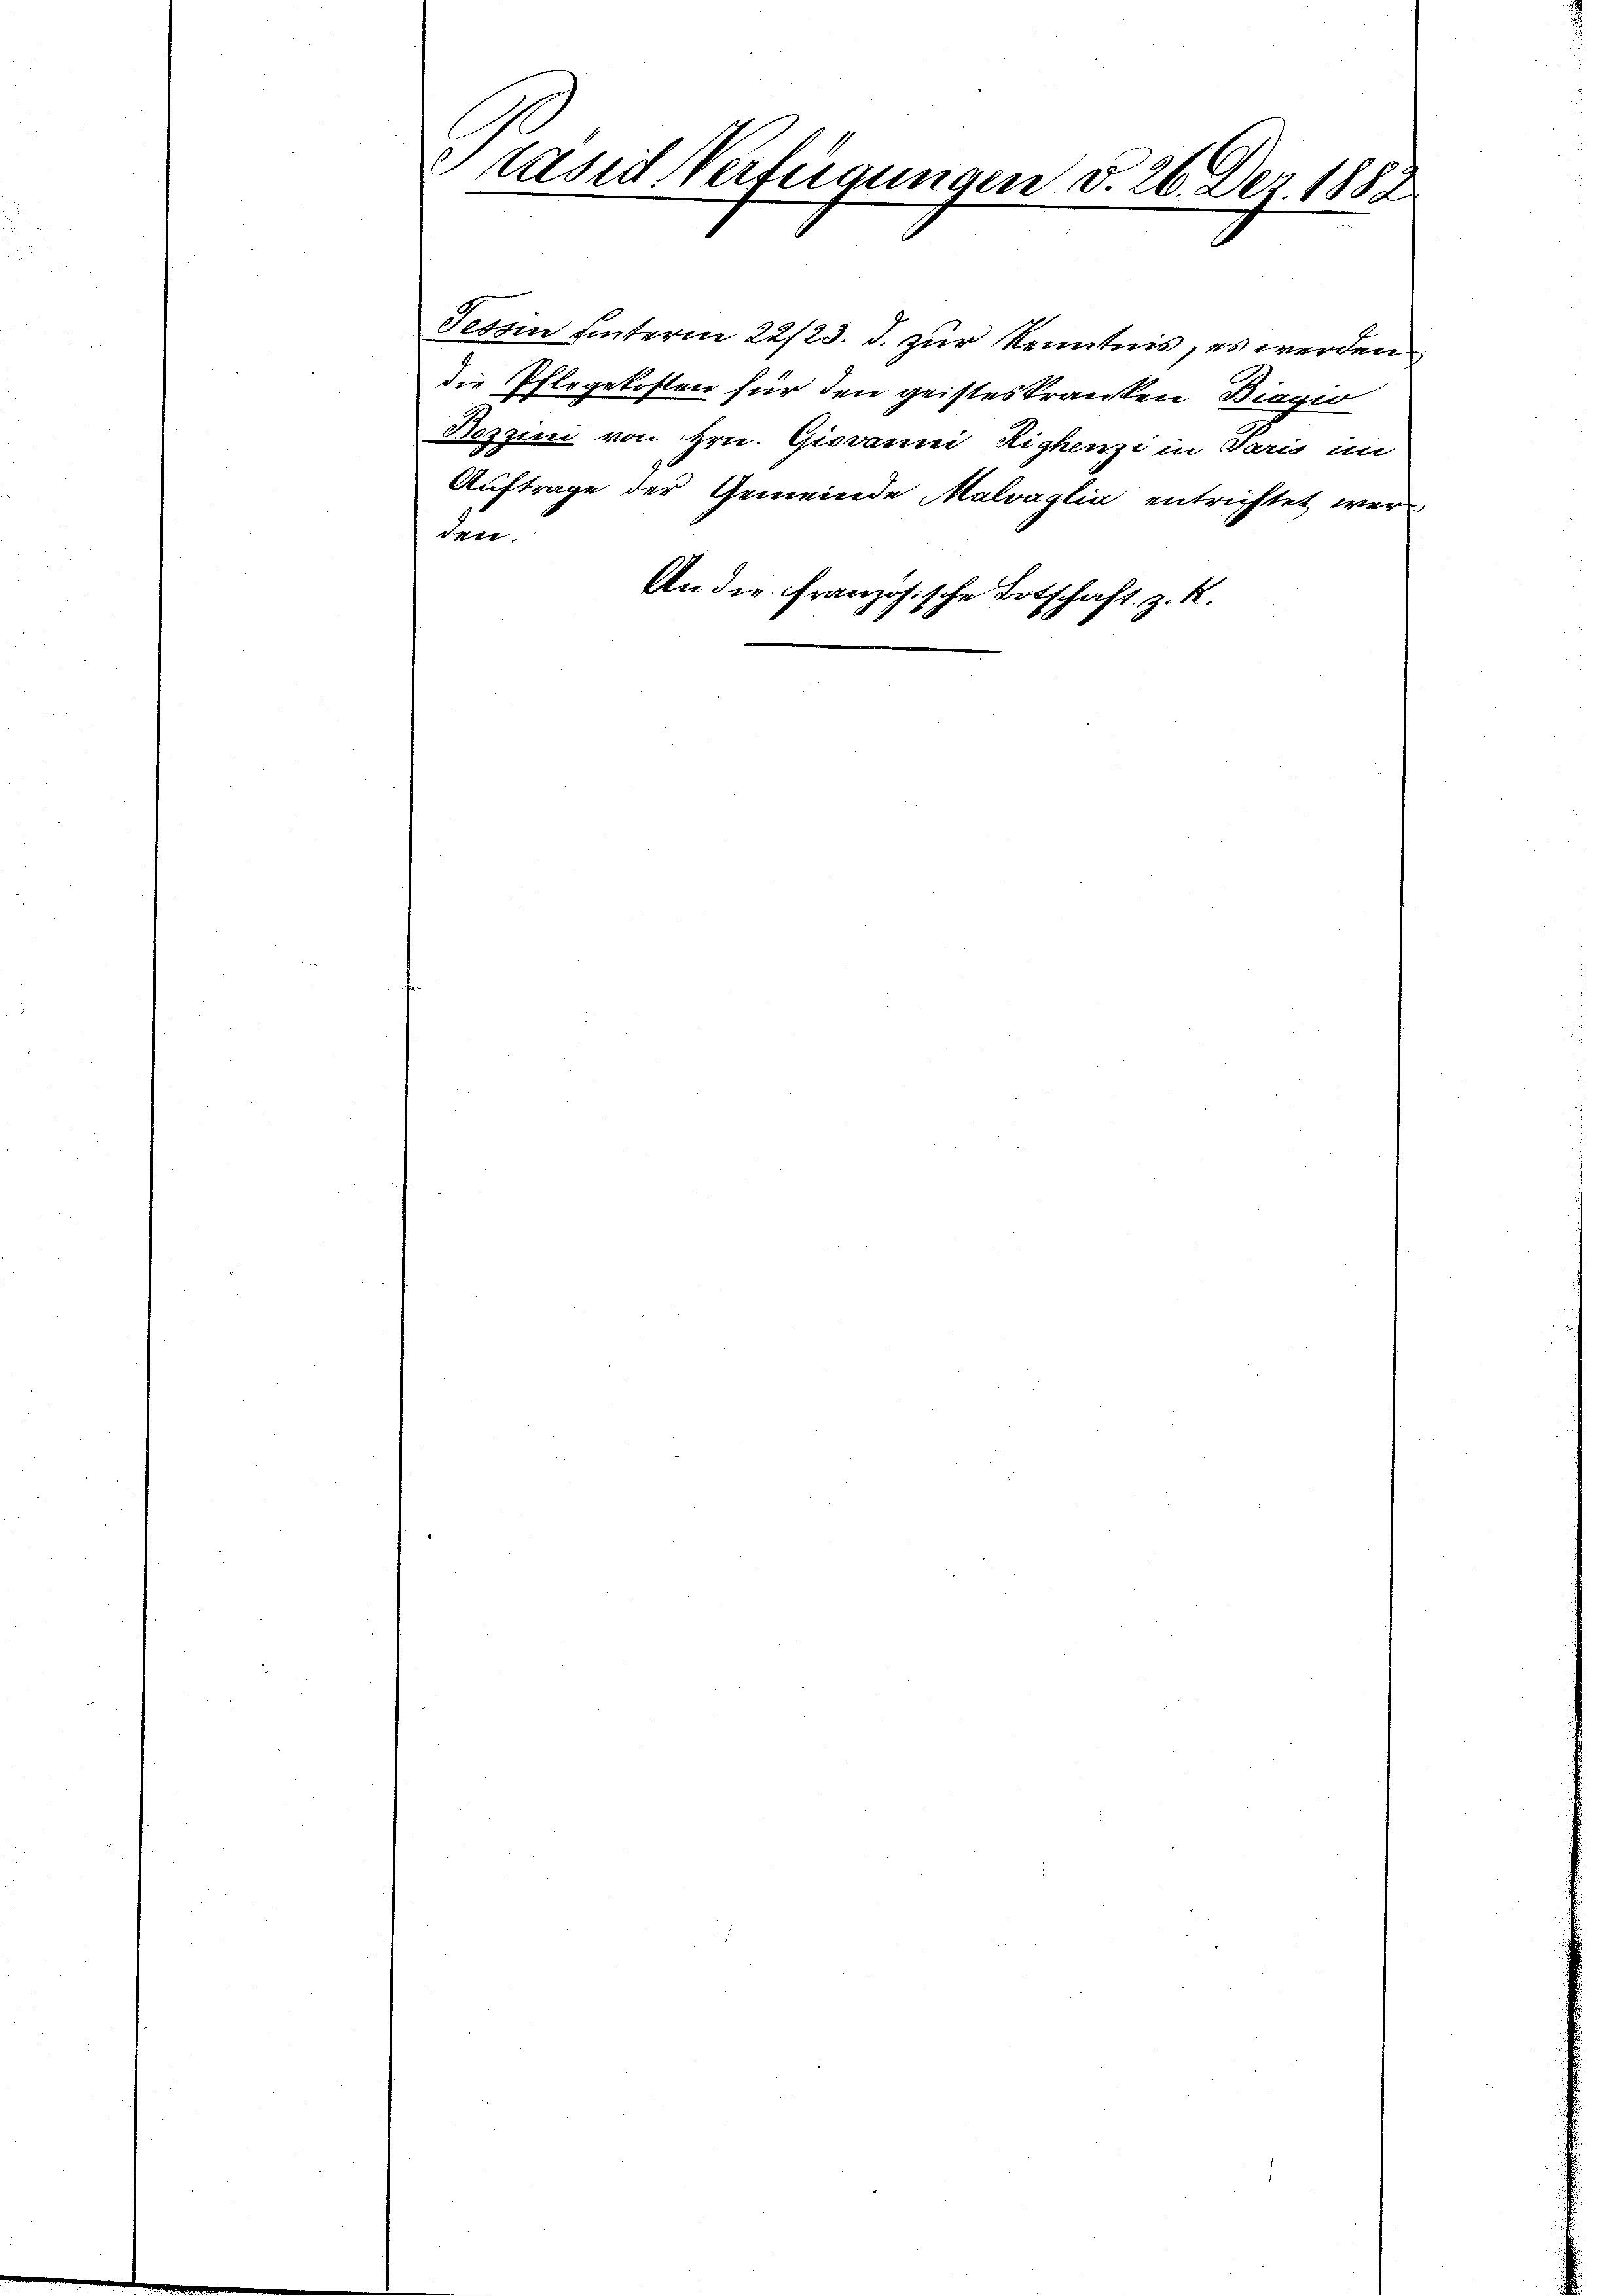
t

Casid Verfügungen d. 26. Dez. 1882

An die ihr

Bozzini von Hrn. Giovanni Lighenzi in Paris im
Auftrage der Gemeinde Malvaglia entrichtet wer

Tessin unterm 22/23. J. zur Kenntnis, es werden
die Pflegekosten für den geisteskranken Biegio

anzösische Botschaft, z. R.